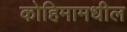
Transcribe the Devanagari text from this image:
कोहिमामधील